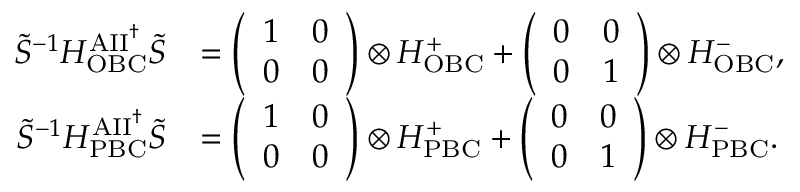
\begin{array} { r l } { \tilde { S } ^ { - 1 } H _ { \mathrm { O B C } } ^ { \mathrm { A I I } ^ { \dag } } \tilde { S } } & { = \left( \begin{array} { l l } { 1 } & { 0 } \\ { 0 } & { 0 } \end{array} \right) \otimes H _ { \mathrm { O B C } } ^ { + } + \left( \begin{array} { l l } { 0 } & { 0 } \\ { 0 } & { 1 } \end{array} \right) \otimes H _ { \mathrm { O B C } } ^ { - } , } \\ { \tilde { S } ^ { - 1 } H _ { \mathrm { P B C } } ^ { \mathrm { A I I } ^ { \dag } } \tilde { S } } & { = \left( \begin{array} { l l } { 1 } & { 0 } \\ { 0 } & { 0 } \end{array} \right) \otimes H _ { \mathrm { P B C } } ^ { + } + \left( \begin{array} { l l } { 0 } & { 0 } \\ { 0 } & { 1 } \end{array} \right) \otimes H _ { \mathrm { P B C } } ^ { - } . } \end{array}